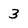
Character: 3